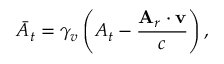
\bar { A } _ { t } = \gamma _ { v } \left( A _ { t } - \frac { \mathbf { A } _ { r } \cdot \mathbf { v } } { c } \right) ,